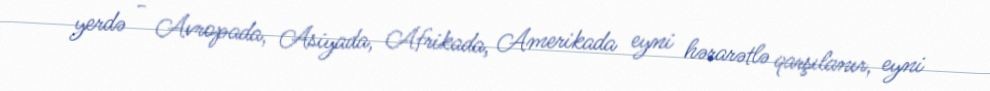
yerdə - Avropada, Asiyada, Afrikada, Amerikada eyni hərarətlə qarşılanır, eyni